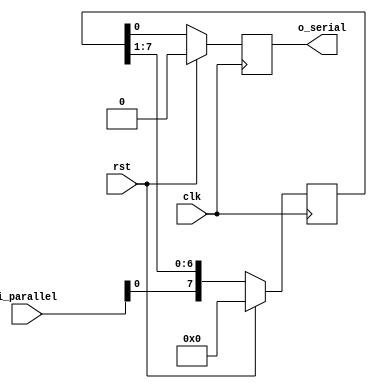
module n_bit_piso_shift_reg #(
  parameter WIDTH = 8 // number of bits in the shift register
)(
  input  wire             clk                , // Clock signal
  input  wire             rst                , // Reset signal
  input  wire [WIDTH-1:0] i_parallel         , // Parallel signal
  output reg              o_serial  = 1'b0     // Serial signal
);

  reg [WIDTH-1:0] shift_reg = {WIDTH{1'b0}};

always @(posedge clk) begin
  if (rst) begin
    shift_reg <= {WIDTH{1'b0}}; //reset shift register to 0
    o_serial <= 1'b0; //reset serial output to 0
  end
  else begin
    shift_reg <= {i_parallel, shift_reg[WIDTH-1:1]}; //shift in parallel input and shift out serial output
    o_serial <= shift_reg[0]; //update serial output
  end
end

endmodule